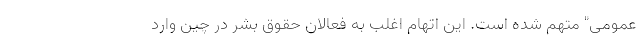
عمومی" متهم شده است. این اتهام اغلب به فعالان حقوق بشر در چین وارد